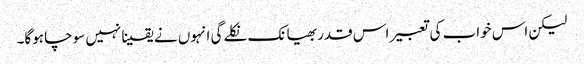
لیکن اس خواب کی تعبیر اس قدر بھیانک نکلے گی انہوں نے یقینا نہیں سوچا ہوگا۔